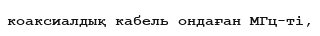
коаксиалдық кабель ондаған МГц-ті,